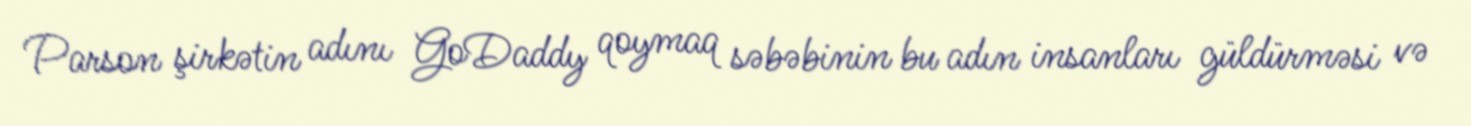
Parson şirkətin adını GoDaddy qoymaq səbəbinin bu adın insanları güldürməsi və